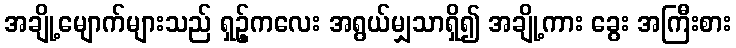
အချို့မျောက်များသည် ရှဥ့်ကလေး အရွယ်မျှသာရှိ၍ အချို့ကား ခွေး အကြီးစား